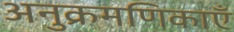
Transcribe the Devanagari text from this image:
अनुक्रमणिकाएँ